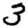
Digit: 3